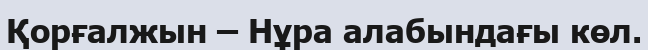
Қорғалжын – Нұра алабындағы көл.